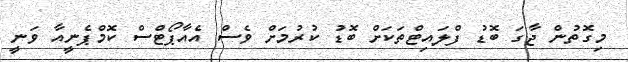
މިގޮތުން ޖާގަ ބޮޑު ފްލައިޓްތަކަށް ބޮޑު ކުރުމަށް ވެސް އެއާޕޯޓްސް ކޮމްޕެނީއާ ވަނީ